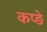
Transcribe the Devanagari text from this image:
कप्ङे